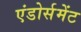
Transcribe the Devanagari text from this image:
एंडोर्समेंट